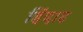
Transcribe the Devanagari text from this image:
हिंदाह